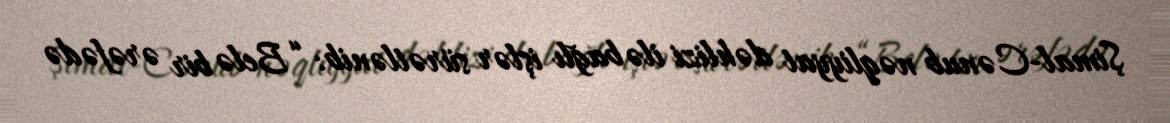
Şimal-Cənub nəqliyyat dəhlizi ilə bağlı işlər sürətlənib: “Belə bir ərəfədə